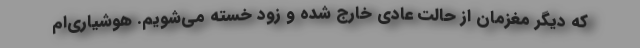
که دیگر مغزمان از حالت عادی خارج شده و زود خسته می‌شویم. هوشیاری‌ام